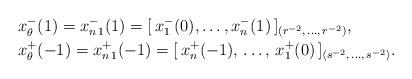
LaTeX: \begin{align*}&x^-_{\theta}(1)=x_{n\,1}^-(1)=[\,x_1^-(0),\ldots,x_{n}^-(1)\,]_{(r^{-2},\,\ldots,\, r^{-2})},\\&x_{\theta}^+(-1)=x_{n\,1}^+(-1)=[\,x_{n}^+(-1),\,\ldots,\,x_1^+(0)\,]_{\langle s^{-2},\,\ldots,\, s^{-2}\rangle}.\end{align*}